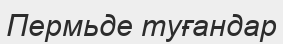
Пермьде туғандар